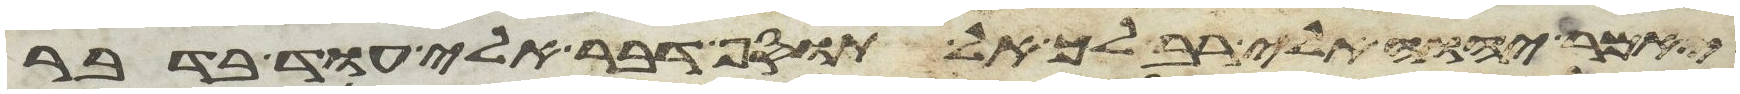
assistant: ויאמר יהוה אלי רב לך אל תוסף דבר אלי עוד בדבר